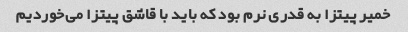
خمیر پیتزا به قدری نرم بود که باید با قاشق پیتزا می‌خوردیم